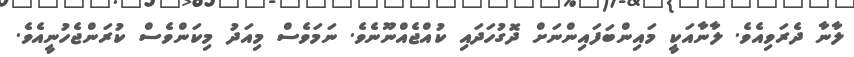
ލާނާ ދެރަވިއެވެ. ލާނާއަކީ މައިންބަފައިންނަށް ދޮގުހަދައި ކުއްޖެއްނޫނެވެ. ނަމަވެސް މިއަދު މިކަންވެސް ކުރަންޖެހުނީއެވެ.